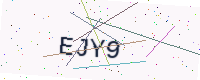
Text: EJY9